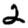
Digit: 2